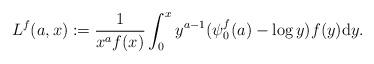
LaTeX: \begin{align*}L^f(a,x):=\frac{1}{x^af(x)}\int_0^xy^{a-1}(\psi^f_0(a)-\log y) f(y)\mathrm{d}y.\end{align*}